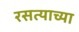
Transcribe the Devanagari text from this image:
रसत्याच्या